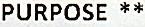
PURPOSE **